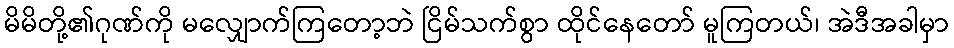
မိမိတို့၏ဂုဏ်ကို မလျှောက်ကြတော့ဘဲ ငြိမ်သက်စွာ ထိုင်နေတော် မူကြတယ်၊ အဲဒီအခါမှာ